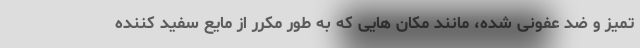
تمیز و ضد عفونی شده، مانند مکان هایی که به طور مکرر از مایع سفید کننده